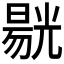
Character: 𱏭